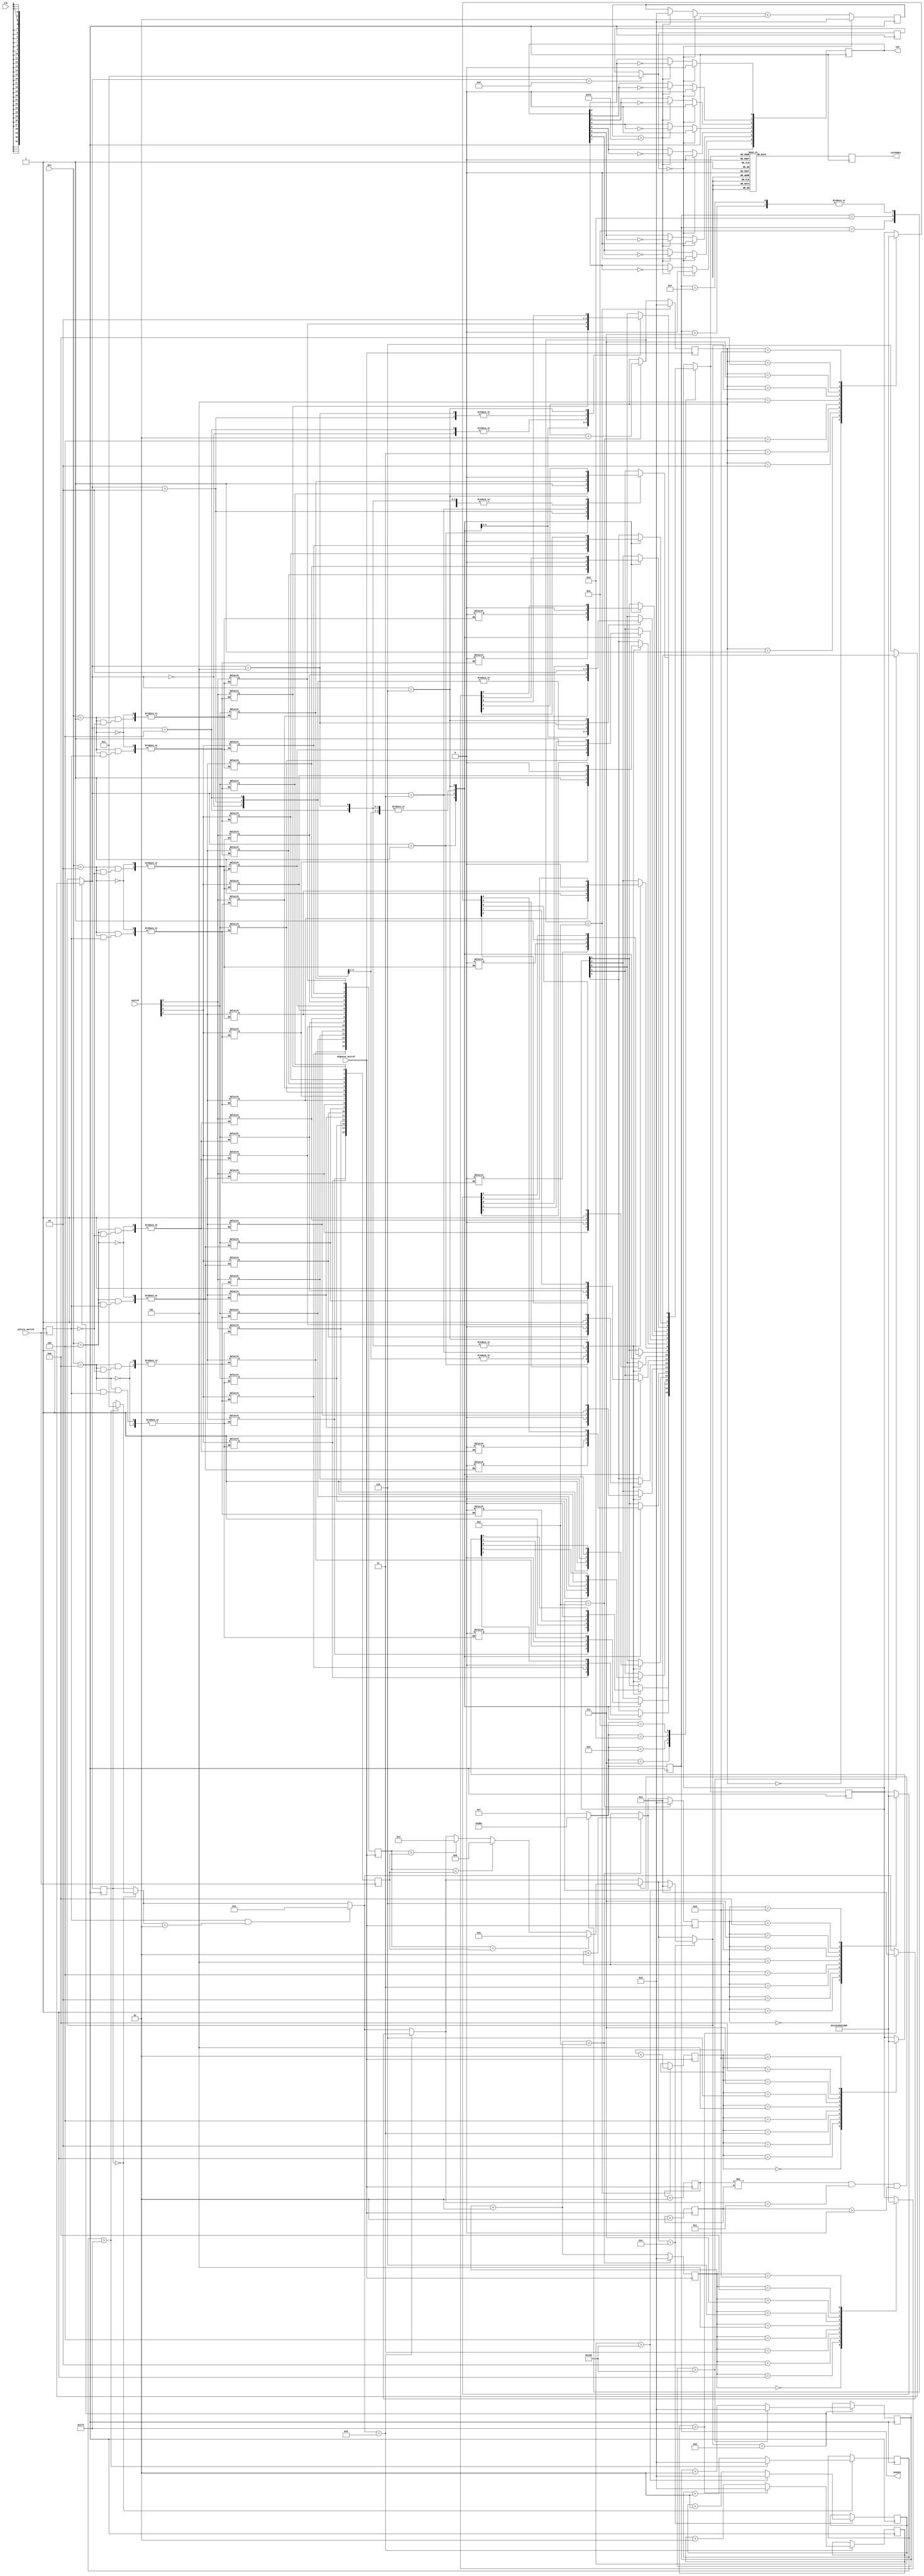
`timescale 1ns / 1ps
//////////////////////////////////////////////////////////////////////////////////
// Company: 
// 
// Design Name: 
// Module Name:    project2 
// Project Name: 
// Target Devices: 
// Tool versions: 
// Description: 
//
// Dependencies: 
//
// Revision: 
// Revision 0.01 - File Created
// Additional Comments: 
//
//////////////////////////////////////////////////////////////////////////////////

module project2(clk, switch, p2turn_switch, p2guess_switch, led, btn, cathodes, anodes);

	input clk;
	input [3:0] switch;		// switches 3-0 for number input
	input p2turn_switch;		// switch 4, when hi signals player 2's turn
	input p2guess_switch;	// switch 5, up then down signals guess from p2 done
	input [3:0] btn;			// 4 buttons to select display digit for input
	
	output [7:0] led; 		// 8 LEDs to flash when game ends
	output [7:0] cathodes;	// cathodes used to display digits on displays
	output [3:0] anodes;		// anodes to control which display active

	reg [7:0] cathodes; 	// for cathodes
	reg [3:0] anodes;		// for anodes
	reg [7:0] led;			// for 8 LEDs
	reg [4:0] dig;			// 5 bits used to pass into calc_cathode_value to choose display output
	reg slow_clock;		// used for slow clock to strobe
	reg led_clock;			// used to flash LEDs
	reg [4:0] p1in3;		// 1st bit enable then 4 bits input from player 1 into button 3
	reg [4:0] p1in2;		// 1st bit enable then 4 bits input from player 1 into button 2
	reg [4:0] p1in1;		// 1st bit enable then 4 bits input from player 1 into button 1
	reg [4:0] p1in0;		// 1st bit enable then 4 bits input from player 1 into button 0
	reg [4:0] p2guess3;	// 1st bit enable then 4 bits input from player 2's guess for button 3
	reg [4:0] p2guess2;	// 1st bit enable then 4 bits input from player 2's guess for button 2
	reg [4:0] p2guess1;	// 1st bit enable then 4 bits input from player 2's guess for button 1
	reg [4:0] p2guess0;	// 1st bit enable then 4 bits input from player 2's guess for button 0
	reg [15:0] p1full;	// all 16 bits for p1 from btn 3-0
	reg [15:0] p2full;	// all 16 bits for p2 from btn 3-0
	reg p2enable;			// enable for p2 when switch 4 hi
	
	integer state;						// state to keep track of whose turn it is, state = 0 means p1's turn, state = 1 means p2's turn	
	integer num_guesses;				// int to keep track of # guess player 2 makes, display when game ends
	integer count;						// int for slow_clock
	integer ledcount;					// int for led_clock
	integer d3, d2, d1, d0;			// ints for each display used to calculate value to display for number of guesses
	integer stimer0, stimer2, stimer4, stimer5;		// used to create a timer for timed states to move to next state
	integer ledenable;				// to enable LEDs when game is won
	integer guess_check_enable;	// used to signal guess is in
	integer sw5hi;						// used with guess_check_enable to send back to state 3 after incorrect guess
	
always @(posedge clk)
	begin
		create_slow_clock(clk, slow_clock);
	end
	
		
always @(posedge slow_clock)
	begin
		
		if (state == 0)				// begins in state 0 displaying 'PL 1' for short time then switching to state 1
			begin
				if (stimer0 > 500)
					begin
						state = 1;
						stimer0 = 0;
					end
				else
					begin
						stimer0 = stimer0 + 1;
					end
			end
						
		if (p2enable == 1'b1 & state == 1)		// in state 1 when sw4 (p2enable) hi it means p1 done and it's p2's turn, go to state 2
			begin
				state = 2;
			end
		
		if (state == 2)					// state 2 displays 'PL 2' for short time then sends to state 3
			begin
				if (stimer2 > 500)
					begin
						state = 3;
						stimer2 = 0;
					end
				else
					begin
						stimer2 = stimer2 + 1;
					end
			end

		if (guess_check_enable != sw5hi & state ==3 & sw5hi > 0)		// in state 3 after 1st flip of switch 5 when switch 4 and switch 5 opposite then guess is in
			begin
				if (p2full > p1full)		
					begin
						state = 4;	
					end
				if (p2full < p1full)
					begin
						state = 5;
					end
				if (p2full == p1full)
					begin
						state = 6;
					end
			end
			
		if (state == 4)			// guess too hi, display '2 HI' for short time then go back to state 3
			begin
				if (stimer4 > 400)	
					begin
						state = 3;
						stimer4 = 0;
					end
				else
					begin
						stimer4 = stimer4 + 1;
					end
			end

		if (state == 5)				// guess too low, display '2 LO' for short time then back to state 3
			begin
				if (stimer5 > 400) 	
					begin
						state = 3;		
						stimer5 = 0;		
					end
				else
					begin
						stimer5 = stimer5 + 1;	
					end
			end
			
		if (state == 6)		// guess correct, enable LEDs
			begin
				ledenable = 1;
			end

		if (ledenable == 0)	// LEDs aren't enabled
			begin
				ledcount = 0;
				led[0] = 0;	// each LED will be off when not enabled
				led[1] = 0;
				led[2] = 0;
				led[3] = 0;
				led[4] = 0;
				led[5] = 0;
				led[6] = 0;
				led[7] = 0;	
			end
		else			// LEDs are enabled
			begin
				if (ledcount > 250)	
					begin
						ledcount = 0;	
						led[0] = ~led[0];	// each LED will go on or off after ledcount reaches 50000000
						led[1] = ~led[1];
						led[2] = ~led[2];
						led[3] = ~led[3];
						led[4] = ~led[4];
						led[5] = ~led[5];
						led[6] = ~led[6];
						led[7] = ~led[7];
					end
				ledcount = ledcount + 1;	
			end
			
		case (anodes)	// strobing
			4'b 1110: anodes=4'b 1101;	// 0 enabled, send to 1
			4'b 1101: anodes=4'b 1011;	// 1 enabled, send to 2
			4'b 1011: anodes=4'b 0111;	// 2 enabled, send to 3
			4'b 0111: anodes=4'b 1110;	// 3 enabled, send to 0
			4'b 1111: anodes=4'b 1110;	// none enabled, send to 0
			default: anodes=1111;		// default none enabled
		endcase
		
		case (anodes)	// what each segment should display when it's enabled, 6 possible states: 0 = start of game, display 'PL 1', 1 = p1's turn, display input above buttons, 2 = display 'PL 2', 3 = p2's turn display input guesses, 4 = p2 guess in but too hi display '2 HI', 5 = guess in but too low, display '2 LO', 6 = guess correct, display num_guesses
			4'b 0111: 	begin
								case (state)					// state determines what to display in each place
									0: begin						// game beginning, display 'P' on disp3	
											dig[4] = 1'b 1;	// display 'P' on disp3
											dig[3] = 1'b 0;
											dig[2] = 1'b 0;
											dig[1] = 1'b 0;
											dig[0] = 1'b 1;
										end		
									1:	begin 						// state = 1, player 1's turn, display their current guess for each button
											dig[4] = p1in3[4];	// used for enable after 1st press of btn 3
											dig[3] = p1in3[3];	// displaying p1's input for btn 3 
											dig[2] = p1in3[2];
											dig[1] = p1in3[1];
											dig[0] = p1in3[0];
										end
									2:	begin							// p2's turn, display 'P' on disp3	
											dig = 5'b 10001;		// display 'P' on disp3								
										end
									3:	begin								// state = 3 so player 2's turn
											dig[4] = p2guess3[4];	// used for enable after p2 presses btn 3
											dig[3] = p2guess3[3];	// displaying p2's guess for btn 3
											dig[2] = p2guess3[2];
											dig[1] = p2guess3[1];
											dig[0] = p2guess3[0];
										end
									4:	begin							// p2's guess too high, display '2' on disp 3
											dig = 5'b 00010;		// display 2
										end
									5:	begin							// p2's guess too low, display '2' on disp 3
											dig = 5'b 00010;		// display 2
										end
									6:	begin							// game over, disp 3 needs to display num_guesses 1000s place
											case (d3)
												0:	dig = 5'b 00000;	// display 0 in 1000s place
												1:	dig = 5'b 00001;	// display 1 in 1000s place
												2:	dig = 5'b 00010;	// display 3
												3:	dig = 5'b 00011;
												4:	dig = 5'b 00100;
												5:	dig = 5'b 00101;
												6:	dig = 5'b 00110;
												7:	dig = 5'b 00111;
												8:	dig = 5'b 01000;
												9:	dig = 5'b 01001;	// display 9
											endcase
										end
							endcase
						end
			
			4'b 1011: 	begin
								case (state)
									0:	begin						// game beginning, display 'L' on disp2	
											dig[4] = 1'b 1;	// display 'L' on disp2
											dig[3] = 1'b 0;
											dig[2] = 1'b 0;
											dig[1] = 1'b 1;
											dig[0] = 1'b 0;
										end	
									1:	begin			 				// state = 1, player 1's turn
											dig[4] = p1in2[4];	// used for enable after 1st press of btn 2
											dig[3] = p1in2[3];	// displaying p1's input for btn 2 
											dig[2] = p1in2[2];
											dig[1] = p1in2[1];
											dig[0] = p1in2[0];
										end
									2:	begin							// p2's turn, display 'L' on disp2	
											dig = 5'b 10010;		// display 'L' on disp2								
										end
									3:	begin								// state = 3 so player 2's turn
											dig[4] = p2guess2[4];	// used for enable after p2 presses btn 2
											dig[3] = p2guess2[3];	// displaying p2's guess for btn 2
											dig[2] = p2guess2[2];
											dig[1] = p2guess2[1];
											dig[0] = p2guess2[0];
										end
									4:	begin							// p2's guess too high, disp 2 off
											dig = 5'b 11111;		// disp2 off
										end
									5:	begin							// p2's guess too low, disp 2 off
											dig = 5'b 11111;		// disp2 off
										end
									6:	begin							// game over, disp 2 needs to display num_guesses 100s place
											case (d2)
												0:	dig = 5'b 00000;	// display 0 in 100s place
												1:	dig = 5'b 00001;	// display 1 in 100s place
												2:	dig = 5'b 00010;	// display 3
												3:	dig = 5'b 00011;
												4:	dig = 5'b 00100;
												5:	dig = 5'b 00101;
												6:	dig = 5'b 00110;
												7:	dig = 5'b 00111;
												8:	dig = 5'b 01000;
												9:	dig = 5'b 01001;	// display 9
											endcase
										end
								endcase
							end
			
			4'b 1101: 	begin
								case (state)
									0:	begin						// game beginning, disp1 off	
											dig[4] = 1'b 1;	// disp1 off
											dig[3] = 1'b 1;
											dig[2] = 1'b 1;
											dig[1] = 1'b 1;
											dig[0] = 1'b 1;
										end
									1:	begin			 				// state = 1, player 1's turn
											dig[4] = p1in1[4];	// used for enable after 1st press of btn 1
											dig[3] = p1in1[3];	// displaying p1's input for btn 1
											dig[2] = p1in1[2];
											dig[1] = p1in1[1];
											dig[0] = p1in1[0];
										end
									2:	begin							// p2's turn, disp1 off	
											dig = 5'b 11111;		// display off								
										end
									3:	begin								// state = 3 so player 2's turn
											dig[4] = p2guess1[4];	// used for enable after p2 presses btn 1
											dig[3] = p2guess1[3];	// displaying p2's guess for btn 1
											dig[2] = p2guess1[2];
											dig[1] = p2guess1[1];
											dig[0] = p2guess1[0];
										end
									4:	begin							// p2's guess too high, display 'H' on disp 1
											dig = 5'b 10011;		// display H
										end
									5:	begin							// p2's guess too low, display 'L' on disp 1
											dig = 5'b 10010;		// display L
										end
									6:	begin							// game over, disp 1 needs to display num_guesses 10s place
											case (d1)
												0:	dig = 5'b 00000;	// display 0 in 10s place
												1:	dig = 5'b 00001;	// display 1 in 10s place
												2:	dig = 5'b 00010;	// display 3
												3:	dig = 5'b 00011;
												4:	dig = 5'b 00100;
												5:	dig = 5'b 00101;
												6:	dig = 5'b 00110;
												7:	dig = 5'b 00111;
												8:	dig = 5'b 01000;
												9:	dig = 5'b 01001;	// display 9
											endcase
										end
								endcase				
							end
			
			4'b 1110: 	begin
								case (state)
									0:	begin						// game beginning, display '1' on disp0	
											dig[4] = 1'b0;		// display 1
											dig[3] = 1'b0;
											dig[2] = 1'b0;
											dig[1] = 1'b0;
											dig[0] = 1'b1;
										end
									1:	begin			 				// state = 1, player 1's turn
											dig[4] = p1in0[4];	// used for enable after 1st press of btn 0
											dig[3] = p1in0[3];	// displaying p1's input for btn 0 
											dig[2] = p1in0[2];
											dig[1] = p1in0[1];
											dig[0] = p1in0[0];
										end
									2:	begin							// p2's turn, display '2' on disp0	
											dig = 5'b 00010;		// display '2' on disp0							
										end
									3:	begin								// state = 3 so player 2's turn
											dig[4] = p2guess0[4];	// used for enable after p2 presses btn 0
											dig[3] = p2guess0[3];	// displaying p2's guess for btn 0
											dig[2] = p2guess0[2];
											dig[1] = p2guess0[1];
											dig[0] = p2guess0[0];
										end
									4:	begin								// p2's guess too high, display 'I' on disp 0
											dig = 5'b 00001;			// display 1 for I
										end
									5:	begin								// p2's guess too low, display 'O' on disp 0
											dig = 5'b 00000;			// display 0 for O
										end
									6:	begin								// game over, disp 0 needs to display num_guesses 1s place
											case (d0)
												0:	dig = 5'b 00000;	// display 0 in 1s place
												1:	dig = 5'b 00001;	// display 1 in 1s place
												2:	dig = 5'b 00010;	// display 3
												3:	dig = 5'b 00011;
												4:	dig = 5'b 00100;
												5:	dig = 5'b 00101;
												6:	dig = 5'b 00110;
												7:	dig = 5'b 00111;
												8:	dig = 5'b 01000;
												9:	dig = 5'b 01001;	// display 9
											endcase
										end
								endcase		
							end
				endcase
		
		cathodes=calc_cathode_value(dig);
	end
	
always @(btn)
	case (btn) 							// determine which button pressed and which p1in/p2guess to update with switch info
		4'b 1000: 	begin
							if (p2enable == 1'b1)
								begin
									p2guess3[4] = 1'b 0;			// enable display 3 for p2
									p2guess3[3] = switch[3];	// btn 3 pressed, update p2guess3 w/ value of p2's guess for btn 3
									p2guess3[2] = switch[2];
									p2guess3[1] = switch[1];
									p2guess3[0] = switch[0];
								end
							else 
								begin
									p1in3[4] = 1'b 0;			// to enable display 3 for p1
									p1in3[3] = switch[3];	// button 3 pressed, update p1in3 with p1's input value for btn 3 from switchs
									p1in3[2] = switch[2];
									p1in3[1] = switch[1];
									p1in3[0] = switch[0];
								end
							end
		4'b 0100:	begin 
							if (p2enable == 1'b1)				// player 1's turn
								begin
									p2guess2[4] = 1'b 0;			// enable display 2 for p2
									p2guess2[3] = switch[3];	// btn 2 pressed, update p2guess2 w/ value of p2's guess for btn 2
									p2guess2[2] = switch[2];
									p2guess2[1] = switch[1];
									p2guess2[0] = switch[0];
								end
							else
								begin
									p1in2[4] = 1'b 0;			// to enable display 2
									p1in2[3] = switch[3];	// button 2 pressed, update p1in2 with p1's input value for btn 2 from switchs
									p1in2[2] = switch[2];
									p1in2[1] = switch[1];
									p1in2[0] = switch[0];
								end
							end

		4'b 0010: 	begin
							if (p2enable == 1'b1)				// player 1's turn
								begin
									p2guess1[4] = 1'b 0;			// enable display 1 for p2
									p2guess1[3] = switch[3];	// btn 1 pressed, update p2guess1 w/ value of p2's guess for btn 1
									p2guess1[2] = switch[2];
									p2guess1[1] = switch[1];
									p2guess1[0] = switch[0];
								end
							else
								begin
									p1in1[4] = 1'b 0;				// to enable display 1
									p1in1[3] = switch[3];		// button 1 pressed, update p1in1 with p1's input value for btn 1 from switchs
									p1in1[2] = switch[2];
									p1in1[1] = switch[1];
									p1in1[0] = switch[0];
								end
							end
		
		4'b 0001: 	begin
							if (p2enable == 1'b1)				// player 1's turn
								begin
									p2guess0[4] = 1'b 0;			// enable display 0 for p2
									p2guess0[3] = switch[3];	// btn 0 pressed, update p2guess0 w/ value of p2's guess for btn 0
									p2guess0[2] = switch[2];
									p2guess0[1] = switch[1];
									p2guess0[0] = switch[0];
								end
							else
								begin
									p1in0[4] = 1'b 0;				// to enable display 0
									p1in0[3] = switch[3];		// button 0 pressed, update p1in0 with p1's input value for btn 0 from switchs
									p1in0[2] = switch[2];
									p1in0[1] = switch[1];
									p1in0[0] = switch[0];		
								end
							end
	endcase
			
		
function [7:0] calc_cathode_value;
	input [4:0] dig;	
	begin
		case (dig)	
		5'b00000: calc_cathode_value = 8'b 11000000;	// 0, 1st bit for decimal, output 0 to cathodes 
		5'b00001: calc_cathode_value = 8'b 11111001;	// 1
		5'b00010: calc_cathode_value = 8'b 10100100;	// 2
		5'b00011: calc_cathode_value = 8'b 10110000;	// 3
		5'b00100: calc_cathode_value = 8'b 10011001;	// 4
		5'b00101: calc_cathode_value = 8'b 10010010;	// 5
		5'b00110: calc_cathode_value = 8'b 10000010;	// 6
		5'b00111: calc_cathode_value = 8'b 11111000;	// 7
		5'b01000: calc_cathode_value = 8'b 10000000;	// 8
		5'b01001: calc_cathode_value = 8'b 10010000;	// 9
		5'b01010: calc_cathode_value = 8'b 10001000;	// a
		5'b01011: calc_cathode_value = 8'b 10000011;	// b
		5'b01100: calc_cathode_value = 8'b 11000110;	// c
		5'b01101: calc_cathode_value = 8'b 10100001;	// d
		5'b01110: calc_cathode_value = 8'b 10000110;	// e
		5'b01111: calc_cathode_value = 8'b 10001110;	// f
			
		5'b10000: calc_cathode_value = 8'b 11111111;	// 1st bit 1 = display off except for cases used to display letters below
		5'b10001: calc_cathode_value = 8'b 10001100;	// use to display 'P', need to adjust 8'b value
		5'b10010: calc_cathode_value = 8'b 11000111;	// use to display 'L', need to adjust 8'b value
		5'b10011: calc_cathode_value = 8'b 10001001;	// use to display 'H'
		5'b10100: calc_cathode_value = 8'b 11111111;
		5'b10101: calc_cathode_value = 8'b 11111111;
		5'b10110: calc_cathode_value = 8'b 11111111;
		5'b10111: calc_cathode_value = 8'b 11111111;
		5'b11000: calc_cathode_value = 8'b 11111111;
		5'b11001: calc_cathode_value = 8'b 11111111;
		5'b11010: calc_cathode_value = 8'b 11111111;
		5'b11011: calc_cathode_value = 8'b 11111111;
		5'b11100: calc_cathode_value = 8'b 11111111;
		5'b11101: calc_cathode_value = 8'b 11111111;
		5'b11110: calc_cathode_value = 8'b 11111111;
		5'b11111: calc_cathode_value = 8'b 11111111;	// display off when dig = 11111
		endcase
	end
endfunction
	
task create_slow_clock;
	
	input clock;
	inout slow_clock;
	integer count;
	
		begin
			if (count > 100000)
			begin
				count = 0;
				slow_clock = ~slow_clock;
			end
			count = count + 1;
		end
endtask

always @(posedge p2turn_switch)		// switch 4, when switched hi changes to p2's turn
	begin
		p2enable = 1'b1;					// used to signal p2's turn
		
		p1full[15] = p1in3[3];			// assign p1's 4 inputs to one full 16 bit number
		p1full[14] = p1in3[2];
		p1full[13] = p1in3[1];
		p1full[12] = p1in3[0];
		
		p1full[11] = p1in2[3];
		p1full[10] = p1in2[2];
		p1full[9] = p1in2[1];
		p1full[8] = p1in2[0];

		p1full[7] = p1in1[3];
		p1full[6] = p1in1[2];
		p1full[5] = p1in1[1];
		p1full[4] = p1in1[0];

		p1full[3] = p1in0[3];
		p1full[2] = p1in0[2];
		p1full[1] = p1in0[1];
		p1full[0] = p1in0[0];
	end


always @(negedge p2guess_switch)			// switch 5 turned hi then low, indicates p2guess is in
	begin

		guess_check_enable = guess_check_enable + 1;		// used with sw5hi, when low guess is in, when hi goes back to state 3

		p2full[15] = p2guess3[3];		// assign p2's 4 inputs to one full 16 bit number
		p2full[14] = p2guess3[2];
		p2full[13] = p2guess3[1];
		p2full[12] = p2guess3[0];

		p2full[11] = p2guess2[3];
		p2full[10] = p2guess2[2];
		p2full[9] = p2guess2[1];
		p2full[8] = p2guess2[0];

		p2full[7] = p2guess1[3];
		p2full[6] = p2guess1[2];
		p2full[5] = p2guess1[1];
		p2full[4] = p2guess1[0];

		p2full[3] = p2guess0[3];
		p2full[2] = p2guess0[2];
		p2full[1] = p2guess0[1];
		p2full[0] = p2guess0[0];		// p2full now has 16 bit # of p2's guess
		
	end


always @(posedge p2guess_switch)
	begin
		sw5hi = sw5hi + 1;			// synchronizes with guess_check_enable to send to state 4 or 5 then go back to 3 after next up/down
	
		num_guesses = num_guesses + 1;		// guess submitted, num_guesses goes up by 1
		d0 = num_guesses;

		if (d0 == 10)
			begin
				d1 = d1 + 1;
				num_guesses = 0;
				d0 = 0;
			end
			
		if (d1 == 10)
			begin
				d2 = d2 + 1;
				d1 = 0;
			end
			
		if (d2 == 10)
			begin
				d3 = d3 + 1;
				d2 = 0;
			end
	end

initial					// initial set up
	begin
		
		p2enable = 1'b0;
		num_guesses = 0;			// initialize guess counter to 0
		ledenable = 0;				// LEDs disabled to start
		state = 0;					// start game in state 0
		guess_check_enable = 1;
		sw5hi = 0;
	
		d0 = 0;
		d1 = 0;
		d2 = 0;
		d3 = 0;
		
		p1in3 = 5'b 11111;
		p1in2 = 5'b 11111;
		p1in1 = 5'b 11111;
		p1in0 = 5'b 11111;
		
		p2guess3 = 5'b 11101;
		p2guess2 = 5'b 11101;
		p2guess1 = 5'b 11101;
		p2guess0 = 5'b 11101;

	end
		
endmodule